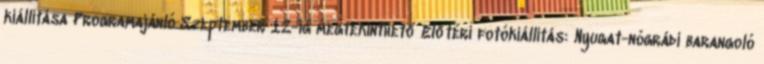
kiállítása Programajánló Szeptember 12-ig megtekinthető Előtéri fotókiállítás: Nyugat-nógrádi barangoló